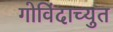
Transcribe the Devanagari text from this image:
गोविंदाच्युत